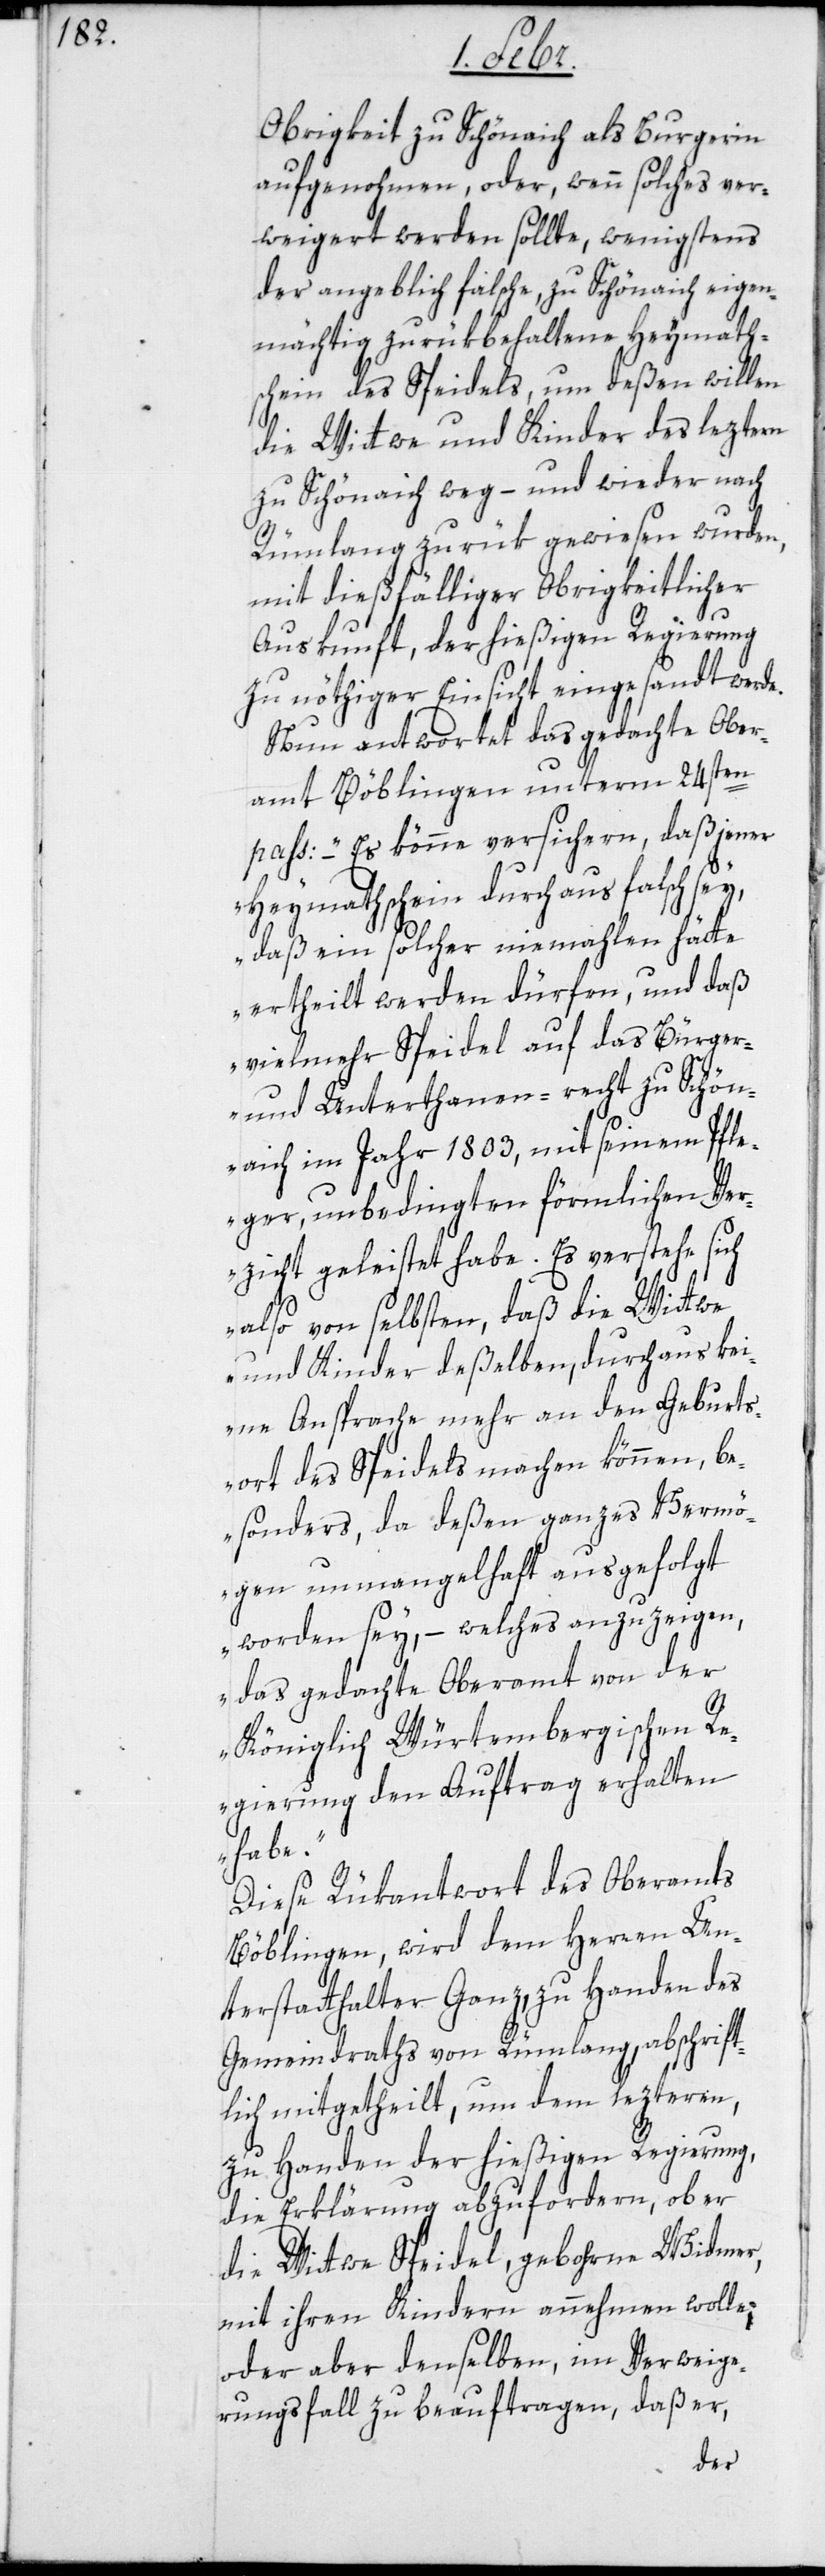
Obrigkeit zu Schönaich als Burgerin
aufgenohmen, oder, wenn solches ver¬
weigeret werden sollte, wenigstens
der angeblich falsche, zu Schönaich eigen¬
mächtig zurükbehaltene Heymath¬
schein des Speidels, um deßen willen
die Wittwe und Kinder des leztern
zu Schönaich weg – und wieder nach
Rümlang zurük gewiesen wurden,
mit dießfälliger Obrigkeitlicher
Auskunft, der hießigen Regierung
zu nöthiger Einsicht eingesandt werde.
Nun antwortet das gedachte Ober¬
amt Böblingen unterm 24sten
pass: „– Es könne versichern, daß jener
Heymathschein durchaus falsch sey,
daß ein solcher niemahlen hätte
ertheilt werden dürfen, und daß
vielmehr Speidel auf das Bürger-
und Unterthanen-recht zu Schön¬
aich im Jahr 1803, mit seinem Pfle¬
ger, unbedingten förmlichen Ver¬
zicht geleistet habe. Es verstehe sich
also von selbsten, daß die Wittw¬
e und Kinder deßelben, durchaus kei¬
ne Ansprache mehr an den Geburts¬
ort des Speidels machen könne, b¬
esonders da deßen ganzes Vermö¬
gen unmangelhaft ausgefolgt
worden sey, – welches anzuzeigen,
das gedachte Oberamt von der
Königlich Würtembergischen Re¬
gierung den Auftrag erhalten
habe“.
Diese Rükantwort des Oberamts
Böblingen wird dem Herren Un¬
terstatthalter Ganz, zu Handen des
Gemeindraths von Rümlang abschrift¬
lich mitgetheilt, um dem lezteren,
zu Handen der hießigen Regierung,
die Erklärung abzufordern, ob er
die Wittwe Speidel, gebohrne Widmer,
mit ihren Kindern annehmen wolle;
oder aber denselben, im Verweige¬
rungsfall zu beauftragen, daß er,